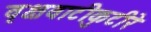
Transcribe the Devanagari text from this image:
वृक्षवाटीकुटीरे